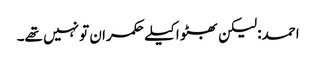
احمد: لیکن بھٹو اکیلے حکمران تو نہیں تھے۔